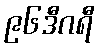
၉၆ဒီဂရီ